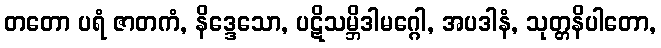
တတော ပရံ ဇာတကံ, နိဒ္ဒေသော, ပဋိသမ္ဘိဒါမဂ္ဂေါ, အပဒါနံ, သုတ္တနိပါတော,